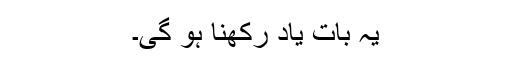
یہ بات یاد رکھنا ہو گی۔